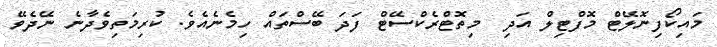
މައިކޯފިނޮލޭޓް މޮފްޓިލް އަދި  މިތޮޓްރެކްސޭޓް ފަދަ ބޭސްތައް ހިމެނެއެވެ. ކުރިމަތިވެދާނެ ނޭދެވޭ